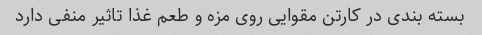
بسته بندی در کارتن مقوایی روی مزه و طعم غذا تاثیر منفی دارد